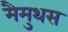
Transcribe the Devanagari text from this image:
मैमुथस